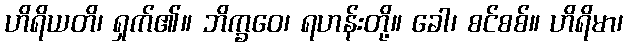
ဟိရိယတိ၊ ရှက်၏။ ဘိက္ခဝေ၊ ရဟန်းတို့။ ခေါ၊ စင်စစ်။ ဟိရိမာ၊